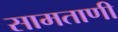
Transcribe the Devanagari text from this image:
सामताणी